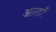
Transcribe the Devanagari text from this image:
अल्डर्ट